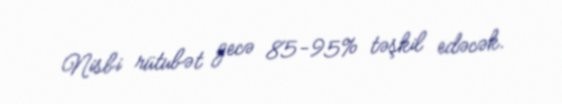
Nisbi rütubət gecə 85-95% təşkil edəcək.